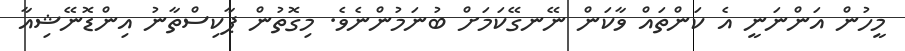
މީހުން އަންނަނީ އެ ކަންތައް ވާކަން ނޭނގޭކަމަށް ބުނަމުންނެވެ. މިގޮތުން ޕާކިސްތާނު އިންޑޮނޭޝިއާ